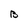
Character: B